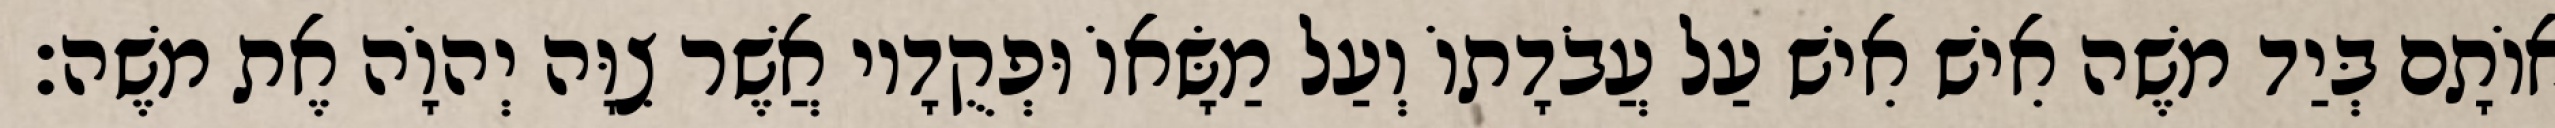
אוֹתָם בְּיַד משֶׁה אִישׁ אִישׁ עַל עֲבֹדָתוֹ וְעַל מַשָּׂאוֹ וּפְקֻדָיו אֲשֶׁר צִוָּה יְהוָֹה אֶת משֶׁה׃